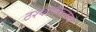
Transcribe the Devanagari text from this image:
ठश्यांवरूनच